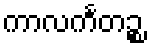
ကာလင်္ကတဉ္စ